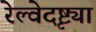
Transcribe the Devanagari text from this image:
रेल्वेदृष्ट्या